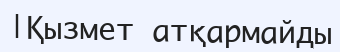
|Қызмет атқармайды